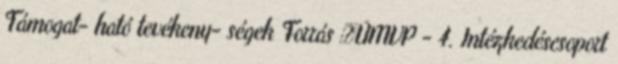
Támogat- ható tevékeny- ségek Forrás ▪ÚMVP - 4. Intézkedéscsoport